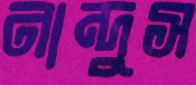
নান্দুস